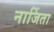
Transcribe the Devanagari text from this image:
नार्जिता